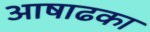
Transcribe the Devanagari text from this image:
आषाढका